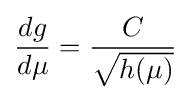
{\frac {dg}{d\mu }}={\frac {C}{\sqrt {h(\mu )}}}